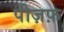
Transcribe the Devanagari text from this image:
पीज़फ़